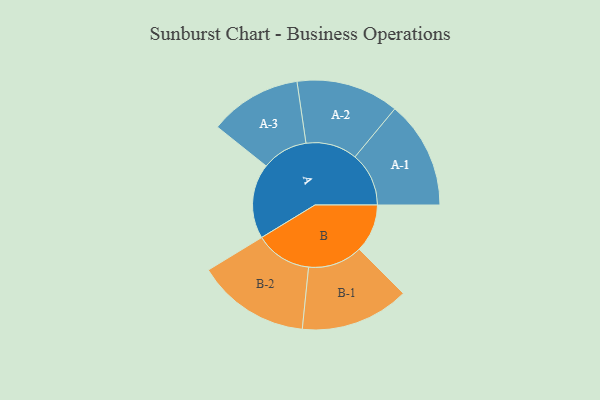
{"axis": {"x": "Segment", "y": "Value"}, "legend": ["", "A", "B"], "data": [{"x": "A", "y": 395, "type": ""}, {"x": "B", "y": 254, "type": ""}, {"x": "A-1", "y": 284, "type": "A"}, {"x": "A-2", "y": 271, "type": "A"}, {"x": "A-3", "y": 243, "type": "A"}, {"x": "B-1", "y": 287, "type": "B"}, {"x": "B-2", "y": 298, "type": "B"}]}